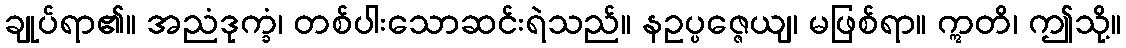
ချုပ်ရာ၏။ အညံဒုက္ခံ၊ တစ်ပါးသောဆင်းရဲသည်။ နဥပ္ပဇ္ဇေယျ၊ မဖြစ်ရာ။ ဣတိ၊ ဤသို့။